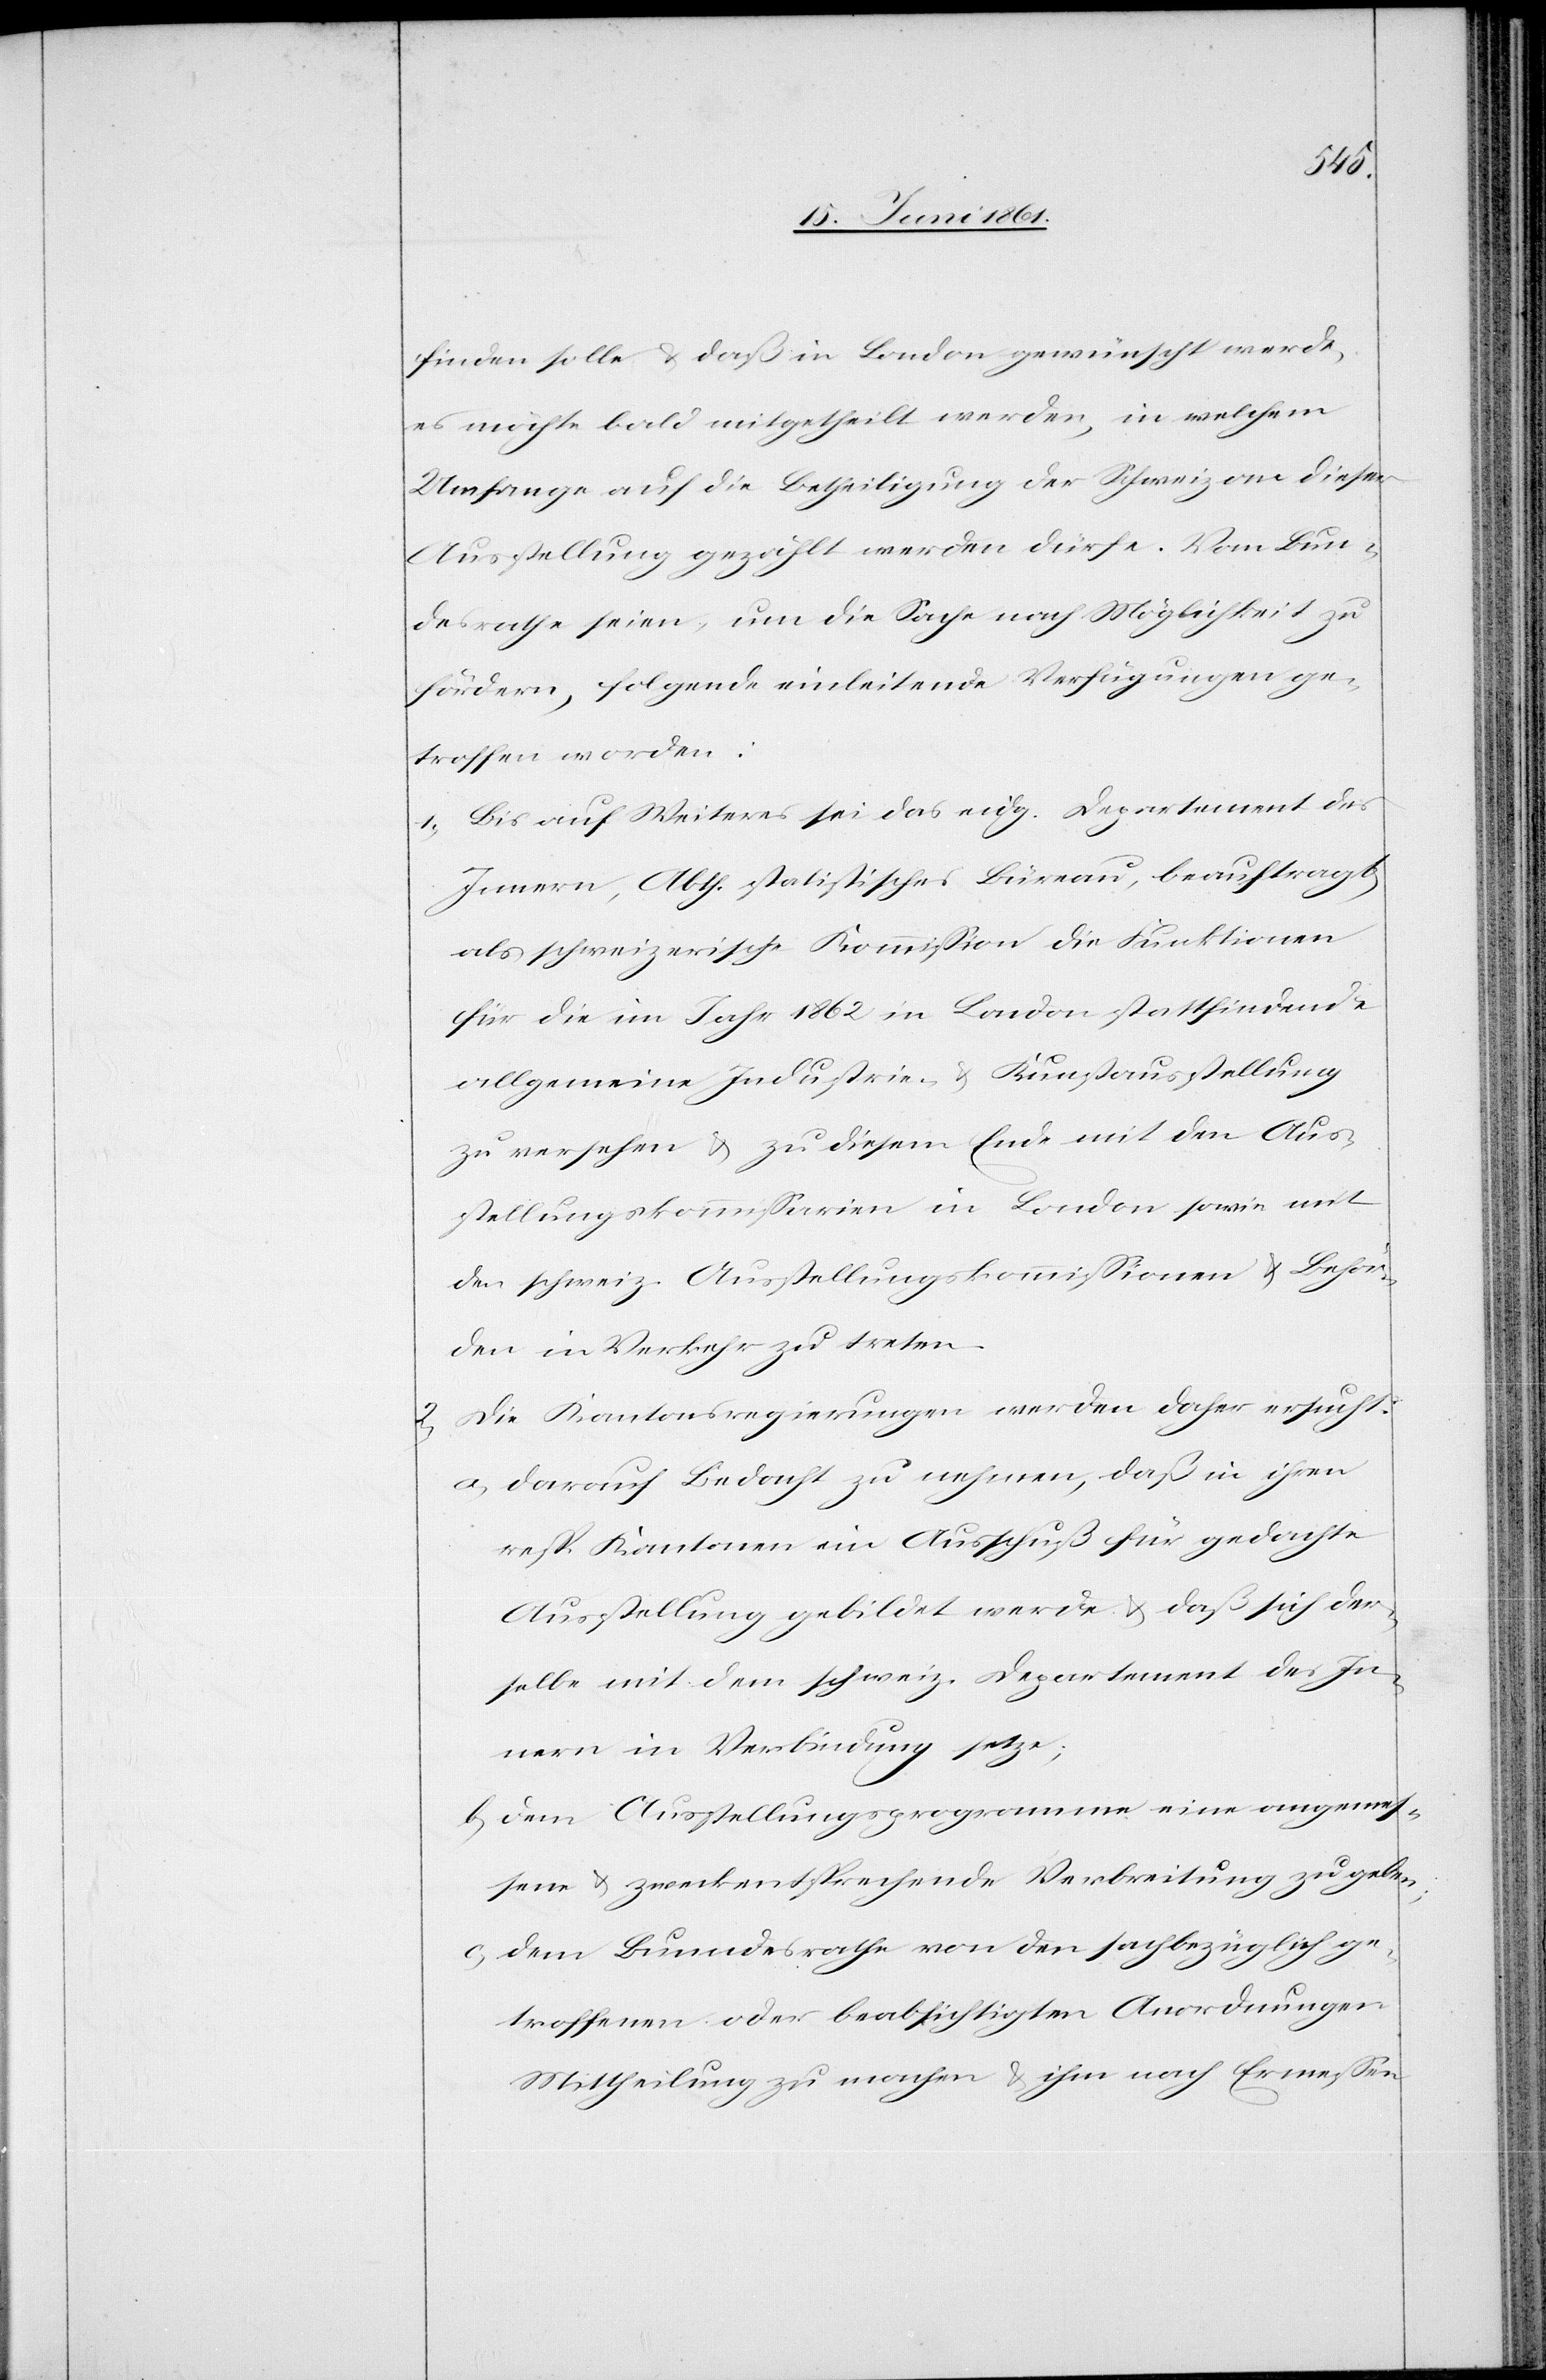
2.

finden solle u. daß in London gewünscht werde,
es möchte bald mitgetheilt werden, in welchem
Umfange auf die Betheiligung der Schweiz an dieser
Ausstellung gezählt werden dürfe. Vom Bun¬
desrathe seien, um die Sache nach Möglichkeit zu
fördern, folgende einleitende Verfügungen ge¬
troffen worden:
1. Bis auf Weiteres sei das eidg. Departement des
Innern, Abth. statistisches Büreau, beauftragt,
als schweizerische Kommission die Funktionen
für die im Jahr 1862 in London stattfindende
allgemeine Industrie- u. Kunstausstellung
zu versehen u. zu diesem Ende mit den Aus¬
stellungskommissarien in London sowie mit
den schweiz. Ausstellungskommissionen u. Behör¬
den in Verkehr zu treten.
Die Kantonsregierungen werden daher ersucht:
a. darauf Bedacht zu nehmen, daß in ihren
resp. Kantonen ein Ausschuß für gedachte
Ausstellung gebildet werde, u. daß sich der¬
selbe mit dem schweiz. Departement des In¬
nern in Verbindung setze;
b. dem Ausstellungsprogramme eine angemes¬
sene u. zweckentsprechende Verbreitung zu geben;
c. dem Bundesrath von den sachbezüglich ge¬
troffenen oder beabsichtigten Anordnungen
Mittheilung zu machen u. ihm nach Ermessen